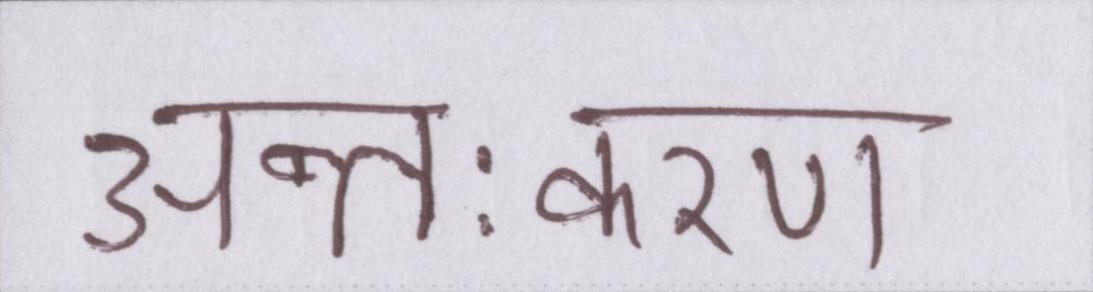
अन्तःकरण